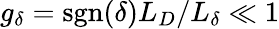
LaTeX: g_{\delta}=\mathrm{sgn}(\delta)L_{D}/L_{\delta}\ll 1